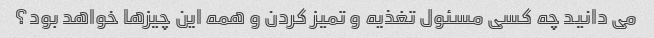
می دانید چه کسی مسئول تغذیه و تمیز کردن و همه این چیزها خواهد بود؟